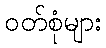
ဝတ်စုံများ